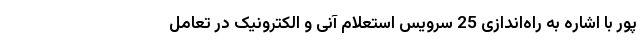
پور با اشاره به راه‌اندازی 25 سرویس استعلام آنی و الکترونیک در تعامل